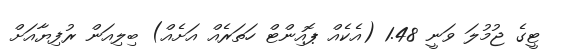
ޓީގެ ޖުމުލަ ވަނީ 1.48 (އެކެއް ޕޮއިންޓް ހަތަރެއް އަށެއް) ބިލިއަން ރުފިޔާއަށް